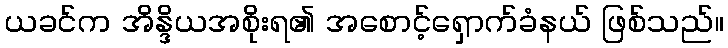
ယခင်က အိန္ဒိယအစိုးရ၏ အစောင့်ရှောက်ခံနယ် ဖြစ်သည်။